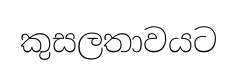
කුසලතාවයට